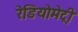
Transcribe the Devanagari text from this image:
रेडियोमेट्री